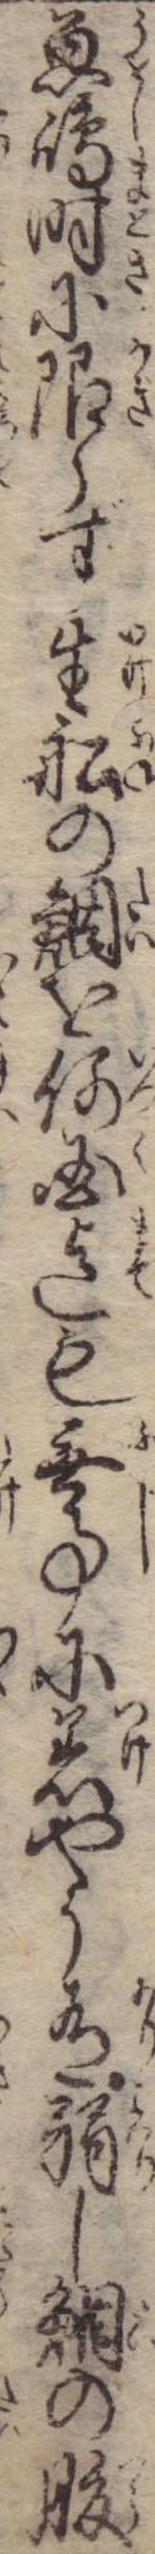
魚島時に限らず生船の鯛を何国迄も無事に着やう有弱し鯛の腹